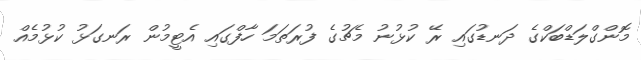
މޮންގްލަޑްބަކްގެ ދަނޑުގައި ރޭ ކުޅުނު މެޗުގެ ފުރަތަމަ ހާފްގައި އެޓީމުން ރަނގަޅު ކުޅުމެއް